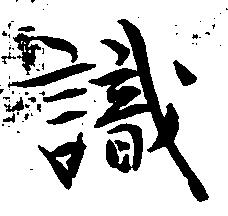
識